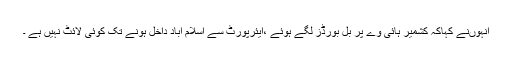
انہوںنے کہاکہ کشمیر ہائی وے پر بل بورڈز لگے ہوئے ،ایئرپورٹ سے اسلام آباد داخل ہونے تک کوئی لائٹ نہیں ہے ۔